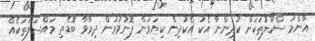
އާންމު ސްކޫލުތަކަށް ކުދިންނާ އެކު އެކުދިން ކިޔަވަން ފޮނުވުމުން ދިމާވާ ބޮޑެތި މައްސަލަތަކެއް